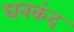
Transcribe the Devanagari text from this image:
घनकंद